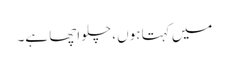
میں کہتا ہوں ، چلو اچھا ہے۔